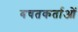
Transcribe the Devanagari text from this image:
बचतकर्ताओं